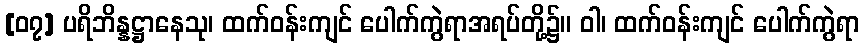
[၀၇] ပရိဘိန္နဋ္ဌာနေသု၊ ထက်ဝန်းကျင် ပေါက်ကွဲရာအရပ်တို့၌။ ဝါ၊ ထက်ဝန်းကျင် ပေါက်ကွဲရာ